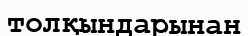
толқындарынан